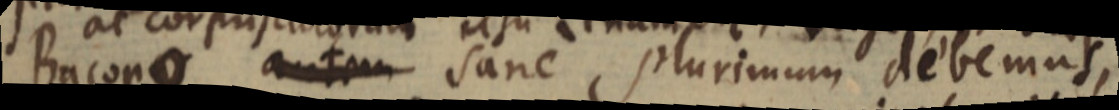
Bacono sane plurimum debemus,